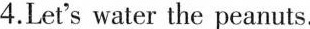
4.Let's \underline{water} the peanuts.